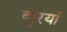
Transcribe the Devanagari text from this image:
दूरियॉ